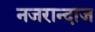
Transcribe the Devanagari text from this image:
नजरान्दाज